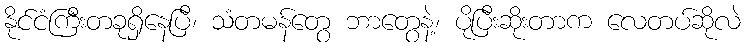
နိုင်ငံကြီးတခုရှိနေပြီ၊ သံတမန်တွေ ဘာတွေနဲ့၊ ပိုပြီးဆိုးတာက လေတပ်ဆိုလဲ